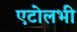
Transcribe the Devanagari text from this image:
एटोलभी